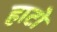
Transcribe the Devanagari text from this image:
हाटो